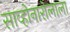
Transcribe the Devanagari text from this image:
साव्होनारोलाला